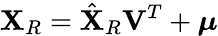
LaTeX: \mathbf{X}_{R}=\hat{\mathbf{X}}_{R}\mathbf{V}^{T}+\boldsymbol{\mu}